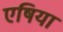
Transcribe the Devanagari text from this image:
एषिया